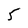
Character: 5